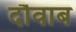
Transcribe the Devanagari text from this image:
दौवाब